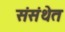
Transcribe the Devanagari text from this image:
संसंथेत